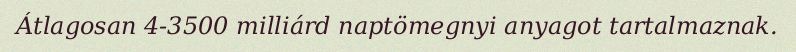
Átlagosan 4-3500 milliárd naptömegnyi anyagot tartalmaznak.